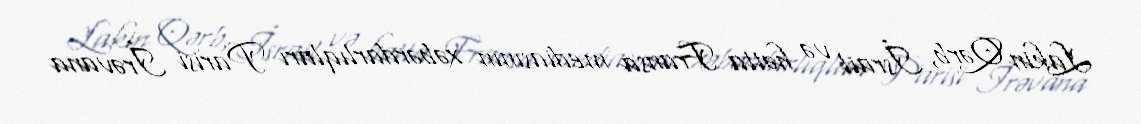
Lakin Qərb, İsrail və hətta Fransa mediasının xəbərdarlıqları Parisi İrəvana